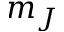
m _ { J }